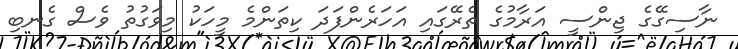
ނާސިގޭގެ ޖިންސީ އަރާމުގެ ތެރޭގައި އަހަރެންފަދަ ކިތަންމެ މީހަކު މިވަގުތު ވެސް ގެނބި